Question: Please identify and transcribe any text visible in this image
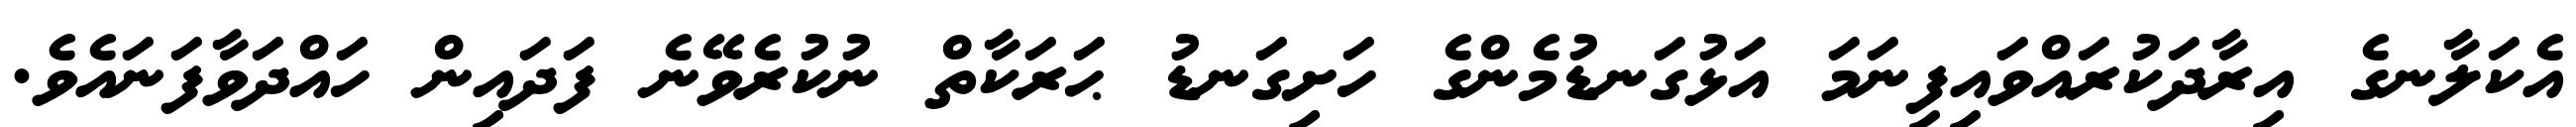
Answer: އެކަލާނގެ އިރާދަކުރައްވައިފިނަމަ އަޅުގަނޑުމެންގެ ހަށިގަނޑު ޙަރަކާތް ނުކުރެވޭނެ ފަދައިން ހައްދަވާފަނައެވެ.